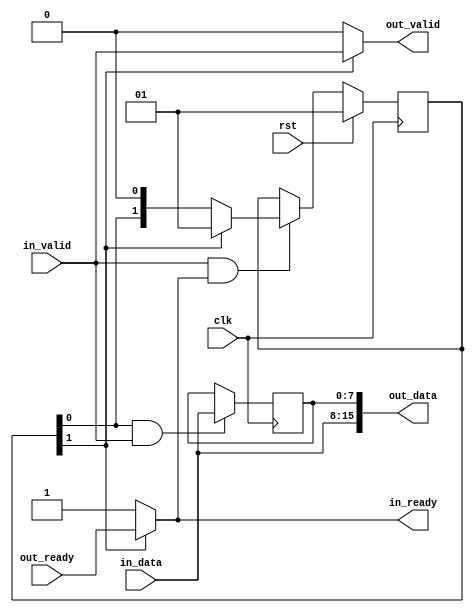
// Copyright 2019 Google LLC
//
// Licensed under the Apache License, Version 2.0 (the "License");
// you may not use this file except in compliance with the License.
// You may obtain a copy of the License at
//
//     https://www.apache.org/licenses/LICENSE-2.0
//
// Unless required by applicable law or agreed to in writing, software
// distributed under the License is distributed on an "AS IS" BASIS,
// WITHOUT WARRANTIES OR CONDITIONS OF ANY KIND, either express or implied.
// See the License for the specific language governing permissions and
// limitations under the License.
//
// -----------------------------------------------------------------------------
// Stream Deserializer
// -----------------------------------------------------------------------------
// Converts a serial stream of valid data elements into a parallel bus output on
// a single valid cycle.
//
// NOTE: Data ordering is Little Endian (1st element received is output in
//       LSB position)
//
// -----------------------------------------------------------------------------
module stream_deserializer #(
  parameter DataBits = 8,
  parameter Ratio    = 2)
(
  input                       clk,
  input                       rst,
  //
  input                       in_valid,
  output                      in_ready,
  input [DataBits-1:0]        in_data,
  //
  output                      out_valid,
  input                       out_ready,
  output [Ratio*DataBits-1:0] out_data
);


  reg [(Ratio-1)*DataBits-1:0] data_r;
  reg [Ratio-1:0]              count;
  wire                         last = count[Ratio-1];
  integer                      i;

  always @(posedge clk) begin

    // one hot counter to track deserialization state
    if (in_valid & in_ready) begin
      count <= last ? 1 : count << 1;
    end

    // load data based on bit in one-hot counter
    for (i=0; i < Ratio-1; i=i+1) begin
      if (count[i] && in_valid) begin
        //data_r[(i+1)*DataBits-1 -: DataBits] <= in_data;
        data_r[i*DataBits +: DataBits] <= in_data;
      end
    end

    if (rst) begin
      count <= 1;
    end

  end

  assign in_ready   = last ? out_ready  : 1;
  assign out_valid  = last ? in_valid : 0;
  assign out_data   = {in_data, data_r};



endmodule